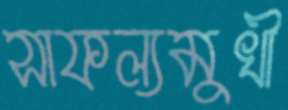
সাফল্যমুখী